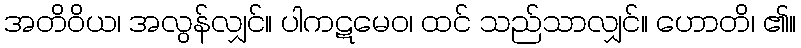
အတိဝိယ၊ အလွန်လျှင်။ ပါကဋမေဝ၊ ထင် သည်သာလျှင်။ ဟောတိ၊ ၏။